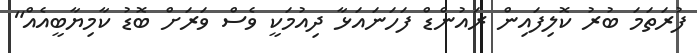
ފުރަތަމަ ބުރު ކޮލިފައިން ރައުންޑް ފަހަނައަޅާ ދިއުމަކީ ވެސް ވަރަށް ބޮޑު ކާމިޔާބީއެއް"